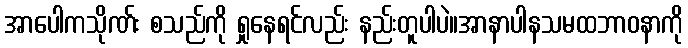
အာပေါကသိုဏ်း စသည်ကို ရှုနေရင်လည်း နည်းတူပါပဲ။အာနာပါနသမထဘာဝနာကို